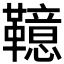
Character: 𩍖